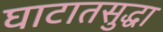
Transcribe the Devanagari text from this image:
घाटातसुद्धा